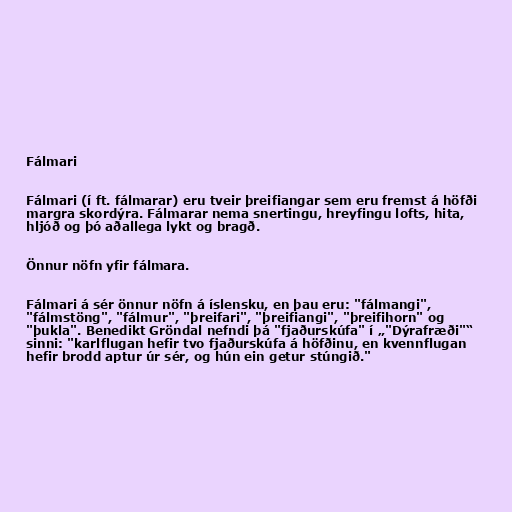
Fálmari

Fálmari (í ft. fálmarar) eru tveir þreifiangar sem eru fremst á höfði
margra skordýra. Fálmarar nema snertingu, hreyfingu lofts, hita,
hljóð og þó aðallega lykt og bragð.

Önnur nöfn yfir fálmara.

Fálmari á sér önnur nöfn á íslensku, en þau eru: "fálmangi",
"fálmstöng", "fálmur", "þreifari", "þreifiangi", "þreifihorn" og
"þukla". Benedikt Gröndal nefndi þá "fjaðurskúfa" í „"Dýrafræði"“
sinni: "karlflugan hefir tvo fjaðurskúfa á höfðinu, en kvennflugan
hefir brodd aptur úr sér, og hún ein getur stúngið."